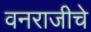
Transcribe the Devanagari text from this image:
वनराजीचे